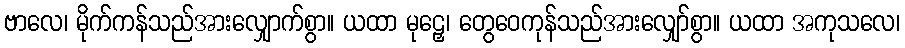
ဗာလေ၊ မိုက်ကန်သည်အားလျှောက်စွာ။ ယထာ မုဠှေ၊ တွေဝေကုန်သည်အားလျှော်စွာ။ ယထာ အကုသလေ၊